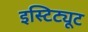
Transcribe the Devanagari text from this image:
इस्टिट्यूट